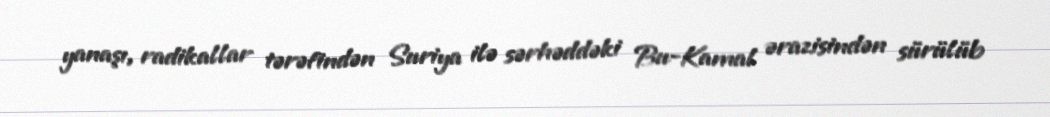
yanaşı, radikallar tərəfindən Suriya ilə sərhəddəki Bu-Kamal ərazisindən sürülüb